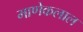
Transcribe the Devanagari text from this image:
माणेकलाल